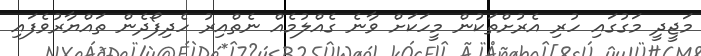
މަޖީދީ މަގުގައި ހުރި އެރުށްތަކުން މީހަކަށް ވާނެ ގެއްލުމެއް ނެތްއިރު ހެދިފޯދެން ތައްޔާރުވެފައި